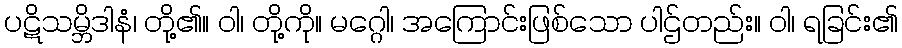
ပဋိသမ္ဘိဒါနံ၊ တို့၏။ ဝါ၊ တို့ကို။ မဂ္ဂေါ၊ အကြောင်းဖြစ်သော ပါဌ်တည်း။ ဝါ၊ ရခြင်း၏